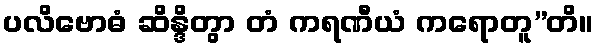
ပလိဗောဓံ ဆိန္ဒိတွာ တံ ကရဏီယံ ကရောတူ”တိ။